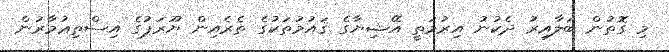
މި ގޮތުން ބަލާއިރު ދެކުނު އިރުމަތީ އޭޝިޔާގެ ޤައުމުތަކުގެ ތެރެއިން ޔޫރަޕުގެ އިސްތިޢުމާރުން